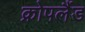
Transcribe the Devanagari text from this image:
क्रोपलैंड